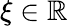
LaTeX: \xi\in\mathbb{R}